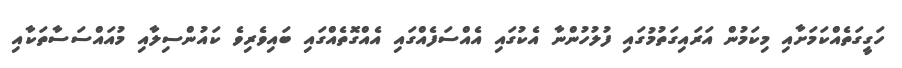
ހަގީގަތެއްކަމަށާއި މިކަމުން އަރައިގަތުމުގައި ފުލުހުންނާ އެކުގައި އެއްސަފެއްގައި އެއްގޮތެއްގައި ބައިވެރިވެ ކައުންސިލާއި މުއައްސަސާތަކާއި